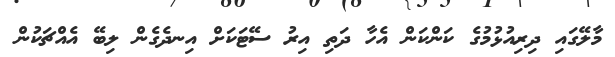
މާލޭގައި ދިރިއުޅުމުގެ ކަންކަން އެހާ ދަތި އިރު ސޭޓަކަށް އިނދެގެން ލިބޭ އެއްޗަކުން